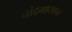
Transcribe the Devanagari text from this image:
चांद्रमासावर